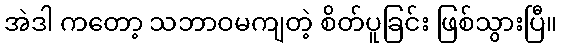
အဲဒါ ကတော့ သဘာဝမကျတဲ့ စိတ်ပူခြင်း ဖြစ်သွားပြီ။